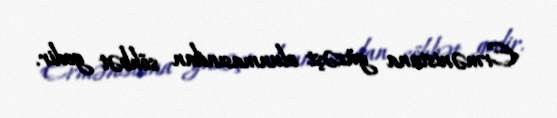
Ermənistana güzəşt olunmasından söhbət gedir.